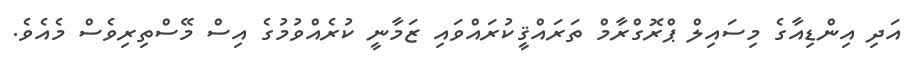
އަދި އިންޑިއާގެ މިސައިލް ޕްރޮގްރާމް ތަރައްޤީކުރައްވައި ޒަމާނީ ކުރެއްވުމުގެ އިސް މޭސްތިރިވެސް މެއެވެ.